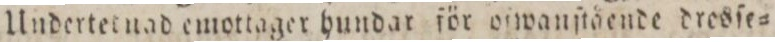
Undertetnad emottager hundar för oſwanſtående dresſe=